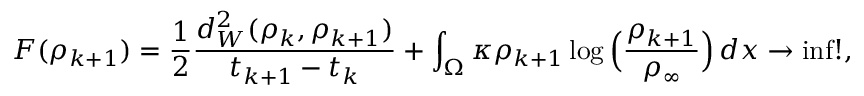
F ( \rho _ { k + 1 } ) = \frac { 1 } { 2 } \frac { d _ { W } ^ { 2 } ( \rho _ { k } , \rho _ { k + 1 } ) } { t _ { k + 1 } - t _ { k } } + \int _ { \Omega } \kappa \rho _ { k + 1 } \log \Big ( \frac { \rho _ { k + 1 } } { \rho _ { \infty } } \Big ) \, d x \to \operatorname* { i n f } ! ,